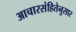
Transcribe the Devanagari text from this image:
आचारसंहितेनुसार